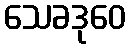
သေခဒုဝေ